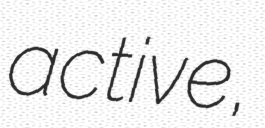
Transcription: active,